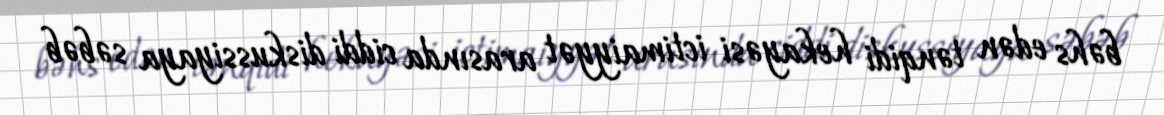
bəhs edən tənqidi hekayəsi ictimaiyyət arasında ciddi diskussiyaya səbəb